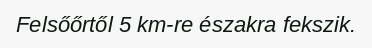
Felsőőrtől 5 km-re északra fekszik.